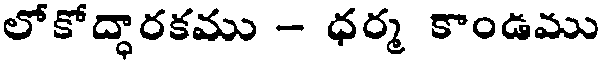
లోకోద్ధారకము - ధర్మ కాండము